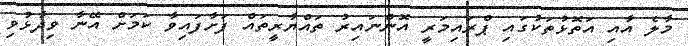
މާލެ އާއި އަތޮޅުތަކުގައި ޕްރައިމަރީ އޮންނައިރު ތައްޔާރީތައް ފަށާފައިވާ ކަމަށް އޭނާ ވިދާޅުވި